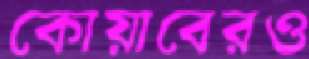
কোয়াবেরও